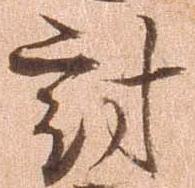
討